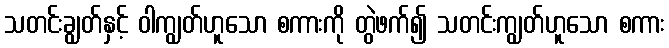
သတင်းချွတ်နှင့် ဝါကျွတ်ဟူသော စကားကို တွဲဖက်၍ သတင်းကျွတ်ဟူသော စကား